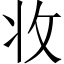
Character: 𭣣